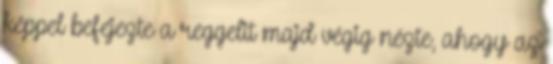
képpel befejezte a reggelit majd végig nézte, ahogy az